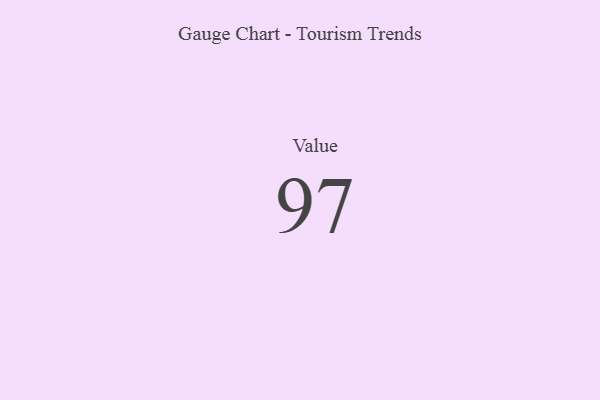
{"axis": {"x": "Metric", "y": "Value"}, "legend": [""], "data": [{"x": "Value", "y": 97, "type": ""}]}